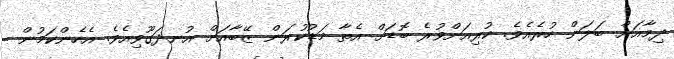
ދިމާއަށް ބަލަން ހުރެއެވެ. ކުރިއަށްވުރެ ބޮޑަށް އެތާ މަޑުކުރަން ޒޭބާއަށް އުނދަގޫވިއެވެ. އެހެންކަމުން